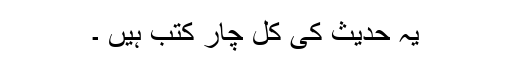
یہ حدیث کی کل چار کتب ہیں ۔